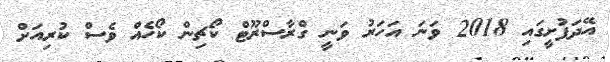
އޭދަފުށީގައި 2018 ވަނަ އަހަރު ވަނީ ގްރާސްރޫޓް ކޯޗިން ކޯހެއް ވެސް ކުރިއަށް